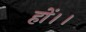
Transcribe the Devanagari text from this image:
हों।।